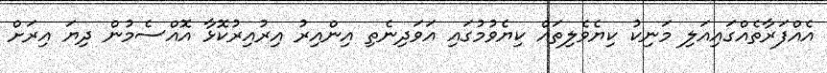
އެއްފަރާތެއްގައިއަލި މަނިކު ކިޔެވެލިތައް ކިޔެވުމުގައި އަވަދިނެތި އިންއިރު އިރުއިރުކޮޅާ އޮއްސެމުން ދިޔަ އިރަށް